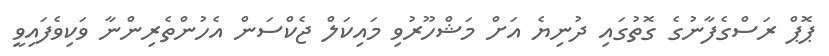
ޕޮޕް ރަސްގެފާނުގެ ގޮތުގައި ދުނިޔެ އަށް މަޝްހޫރުވި މައިކަލް ޖެކްސަން އެހުންތެރިންނާ ވަކިވެފައިވީ